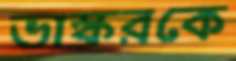
ভাস্করকে